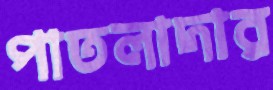
পাতলাদার